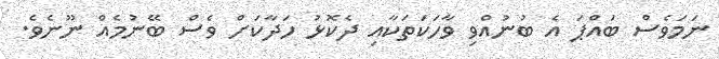
ނަމަވެސް ބައްޕަ އެ ބުނުއްވި ވާހަކަތަކާއި ދެކޮޅު ހަދާކަށް ވެސް ބޭނުމެއް ނޫނެވެ.